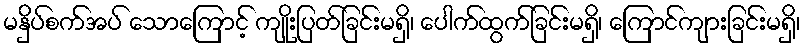
မနှိပ်စက်အပ် သောကြောင့် ကျိုးပြတ်ခြင်းမရှိ၊ ပေါက်ထွက်ခြင်းမရှိ၊ ကြောင်ကျားခြင်းမရှိ၊